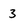
Character: 3